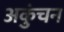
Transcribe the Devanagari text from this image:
अकुंचन